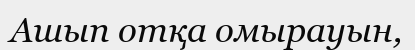
Ашып отқа омырауын,